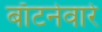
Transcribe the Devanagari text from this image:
बाँटनेवारे